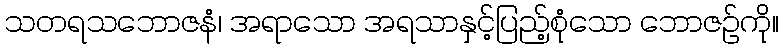
သတရသဘောဇနံ၊ အရာသော အရသာနှင့်ပြည့်စုံသော ဘောဇဉ်ကို။